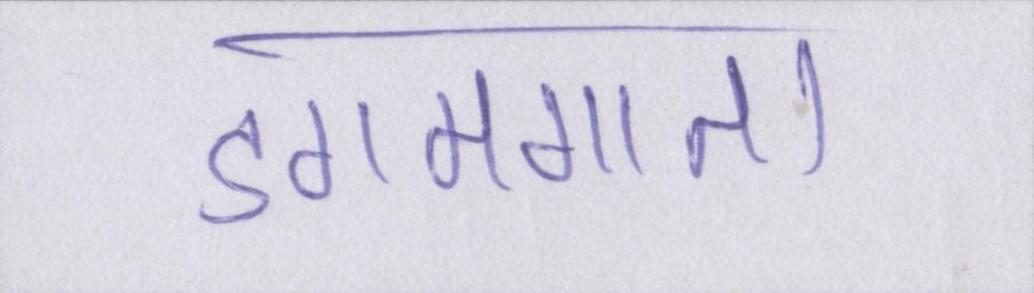
डगमगाता